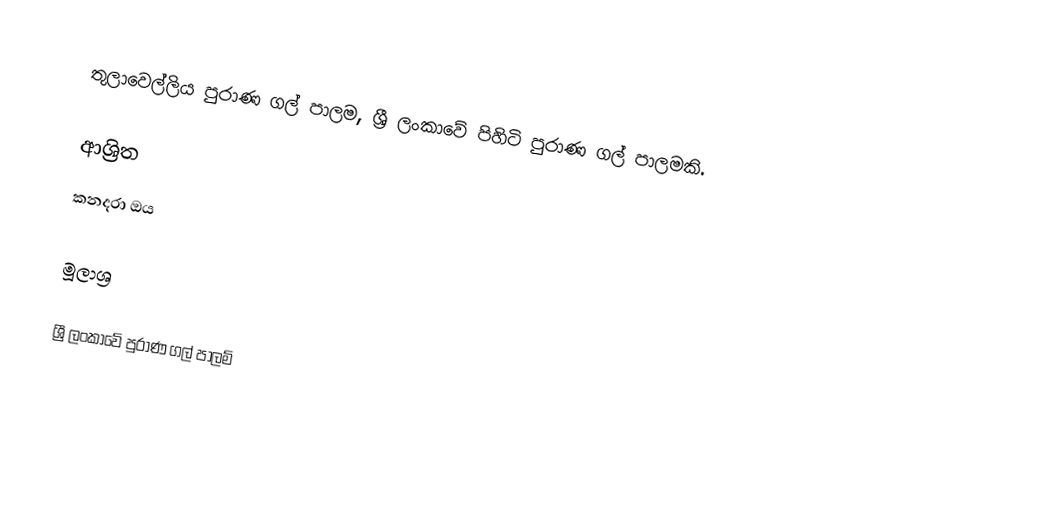
තුලාවෙල්ලිය පුරාණ ගල් පාලම, ශ්‍රී ලංකාවේ පිහිටි පුරාණ ගල් පාලමකි.

ආශ්‍රිත
 කනදරා ඔය

මූලාශ්‍ර

ශ්‍රී ලංකාවේ පුරාණ ගල් පාලම්